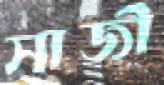
সাজী